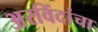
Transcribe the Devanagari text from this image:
अरविंदांचा